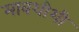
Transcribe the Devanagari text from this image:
मावशीशी